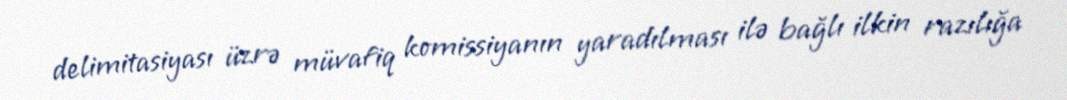
delimitasiyası üzrə müvafiq komissiyanın yaradılması ilə bağlı ilkin razılığa